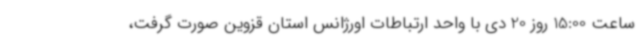
ساعت 15:00 روز 20 دی با واحد ارتباطات اورژانس استان قزوین صورت گرفت،